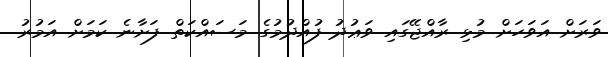
ވަރަށް އަވަހަށް މުޅި ރާއްޖޭގައި ވަޢުދު ފުއްދުމުގެ މަސައްކަތް ފަށާނެ ކަމަށް އަމުރު